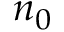
n _ { 0 }